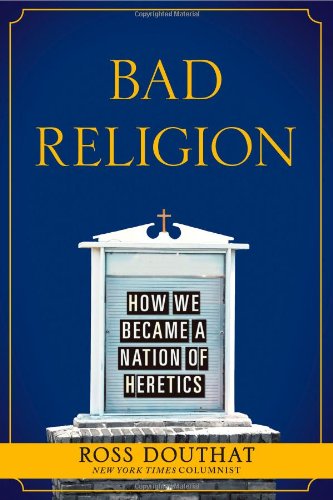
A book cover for Bad Religion: How We Became a Nation of Heretics; Ross Douthat; Christian Books & Bibles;